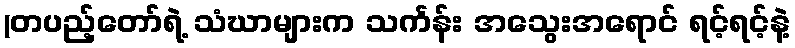
(တပည့်တော်ရဲ့ သံဃာများက သင်္ကန်း အသွေးအရောင် ရင့်ရင့်နဲ့